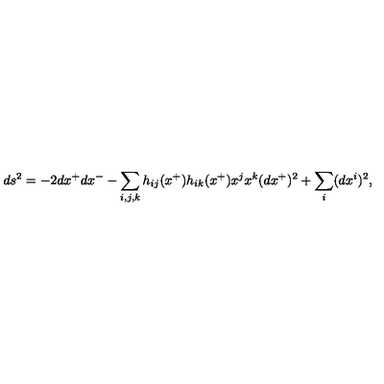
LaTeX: d s ^ { 2 } = - 2 d x ^ { + } d x ^ { - } - \sum _ { i , j , k } h _ { i j } ( x ^ { + } ) h _ { i k } ( x ^ { + } ) x ^ { j } x ^ { k } ( d x ^ { + } ) ^ { 2 } + \sum _ { i } ( d x ^ { i } ) ^ { 2 } ,